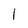
Character: l